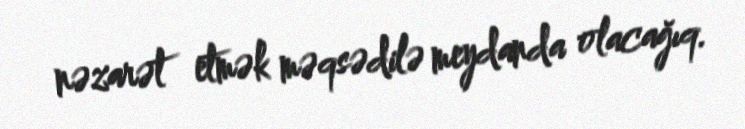
nəzarət etmək məqsədilə meydanda olacağıq.